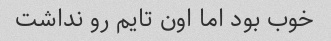
خوب بود اما اون تایم رو نداشت